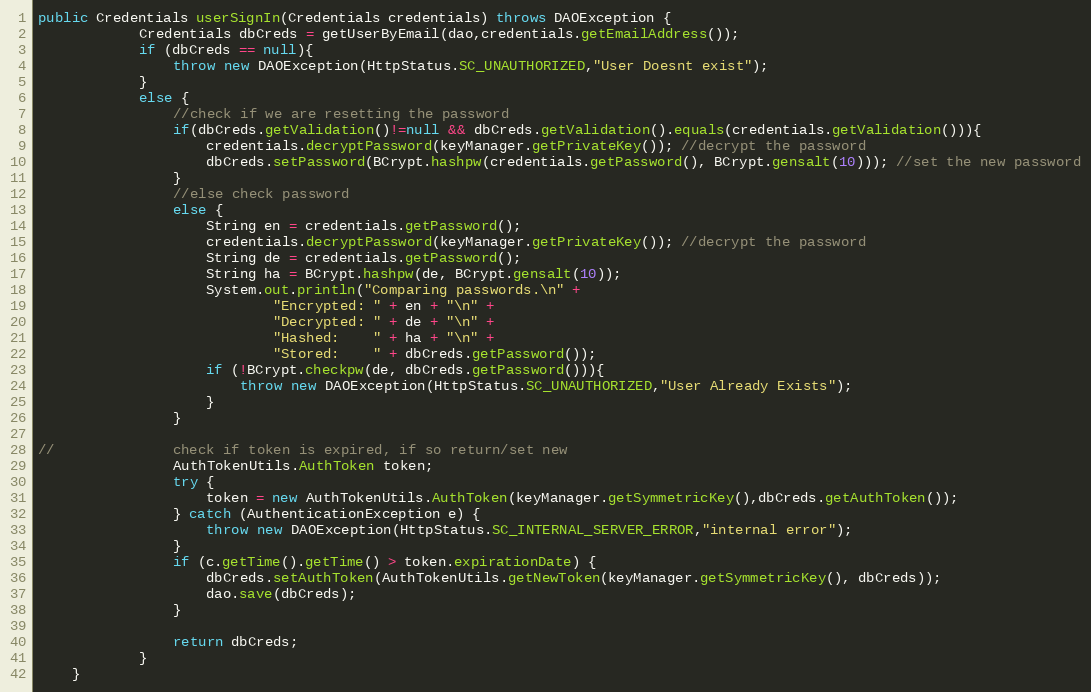
Language: Java
public Credentials userSignIn(Credentials credentials) throws DAOException {
            Credentials dbCreds = getUserByEmail(dao,credentials.getEmailAddress());
            if (dbCreds == null){
                throw new DAOException(HttpStatus.SC_UNAUTHORIZED,"User Doesnt exist");
            }
            else {
                //check if we are resetting the password
                if(dbCreds.getValidation()!=null && dbCreds.getValidation().equals(credentials.getValidation())){
                    credentials.decryptPassword(keyManager.getPrivateKey()); //decrypt the password
                    dbCreds.setPassword(BCrypt.hashpw(credentials.getPassword(), BCrypt.gensalt(10))); //set the new password
                }
                //else check password
                else {
                    String en = credentials.getPassword();
                    credentials.decryptPassword(keyManager.getPrivateKey()); //decrypt the password
                    String de = credentials.getPassword();
                    String ha = BCrypt.hashpw(de, BCrypt.gensalt(10));
                    System.out.println("Comparing passwords.\n" +
                            "Encrypted: " + en + "\n" +
                            "Decrypted: " + de + "\n" +
                            "Hashed:    " + ha + "\n" +
                            "Stored:    " + dbCreds.getPassword());
                    if (!BCrypt.checkpw(de, dbCreds.getPassword())){
                        throw new DAOException(HttpStatus.SC_UNAUTHORIZED,"User Already Exists");
                    }
                }

//              check if token is expired, if so return/set new
                AuthTokenUtils.AuthToken token;
                try {
                    token = new AuthTokenUtils.AuthToken(keyManager.getSymmetricKey(),dbCreds.getAuthToken());
                } catch (AuthenticationException e) {
                    throw new DAOException(HttpStatus.SC_INTERNAL_SERVER_ERROR,"internal error");
                }
                if (c.getTime().getTime() > token.expirationDate) {
                    dbCreds.setAuthToken(AuthTokenUtils.getNewToken(keyManager.getSymmetricKey(), dbCreds));
                    dao.save(dbCreds);
                }

                return dbCreds;
            }
    }